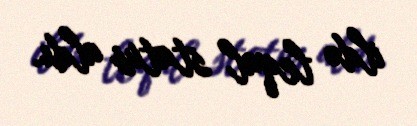
ildə leqal status aldı.